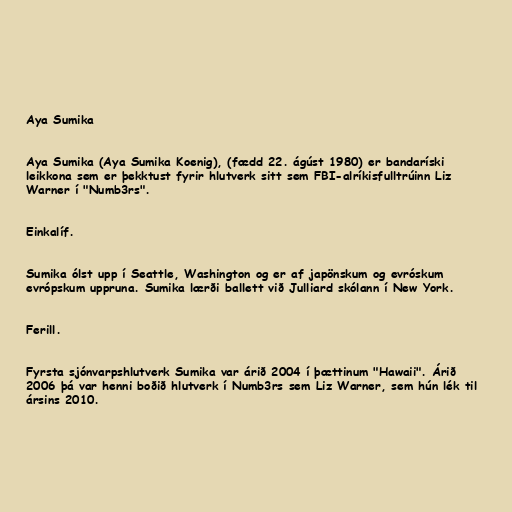
Aya Sumika

Aya Sumika (Aya Sumika Koenig), (fædd 22. ágúst 1980) er bandaríski
leikkona sem er þekktust fyrir hlutverk sitt sem FBI-alríkisfulltrúinn Liz
Warner í "Numb3rs".

Einkalíf.

Sumika ólst upp í Seattle, Washington og er af japönskum og evróskum
evrópskum uppruna. Sumika lærði ballett við Julliard skólann í New York.

Ferill.

Fyrsta sjónvarpshlutverk Sumika var árið 2004 í þættinum "Hawaii". Árið
2006 þá var henni boðið hlutverk í Numb3rs sem Liz Warner, sem hún lék til
ársins 2010.